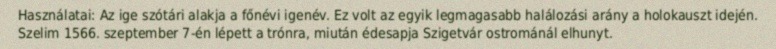
Használatai: Az ige szótári alakja a főnévi igenév. Ez volt az egyik legmagasabb halálozási arány a holokauszt idején. Szelim 1566. szeptember 7-én lépett a trónra, miután édesapja Szigetvár ostrománál elhunyt.